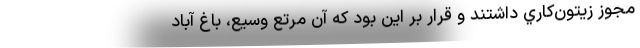
مجوز زيتون‌كاري داشتند و قرار بر اين بود كه آن مرتع وسيع، باغ آباد